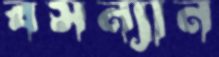
বসন্যান